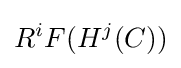
R^{i}F(H^{j}(C))